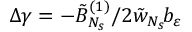
\Delta \gamma = - \tilde { B } _ { N _ { s } } ^ { ( 1 ) } / 2 \tilde { w } _ { N _ { s } } \! b _ { \varepsilon }